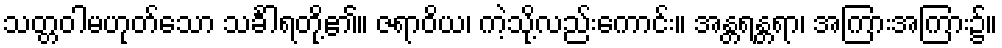
သတ္တဝါမဟုတ်သော သင်္ခါရတို့၏။ ဇရာဝိယ၊ ကဲ့သို့လည်းကောင်း။ အန္တရန္တရာ၊ အကြားအကြား၌။